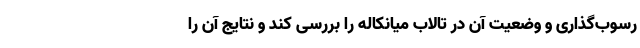
رسوب‌گذاری و وضعیت آن در تالاب میانکاله را بررسی کند و نتایج آن را